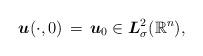
LaTeX: \begin{align*}\mbox{\boldmath $u$}(\cdot,0)\,=\,\mbox{\boldmath $u$}_0 \in\mbox{\boldmath $L$}^{2}_{\sigma}(\mathbb{R}^{n}),\end{align*}